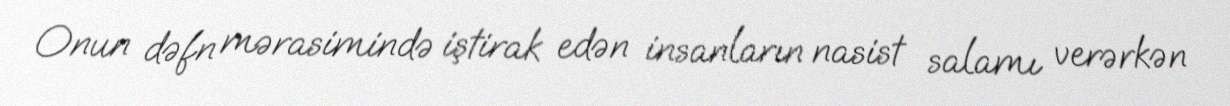
Onun dəfn mərasimində iştirak edən insanların nasist salamı verərkən